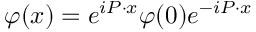
\varphi ( x ) = e ^ { i P \cdot x } \varphi ( 0 ) e ^ { - i P \cdot x }